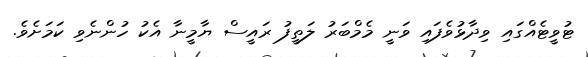
ޓުވީޓެއްގައި ވިދާޅުވެފައި ވަނީ މެމްބަރު ލަތީފު ރައީސް ޔާމީނާ އެކު ހުންނެވި ކަމަށެވެ.